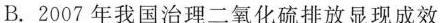
B.2007年我国治理二氧化硫排放显现成效